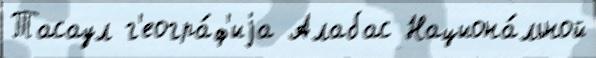
Тасаул г'еогра́ф'иjа Алабас Национа́льной